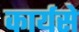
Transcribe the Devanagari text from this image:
कार्यसे